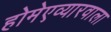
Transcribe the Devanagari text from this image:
होमेएव्‍यारवाला